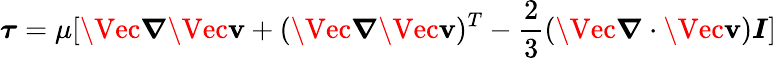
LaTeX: \boldsymbol{\tau}=\mu[\Vec{\boldsymbol{\nabla}}\Vec{\boldsymbol{\mathbf{v}}}+(\Vec{\boldsymbol{\nabla}}\Vec{\boldsymbol{\mathbf{v}}})^{T}-\frac{{2}}{{3}}(\Vec{\boldsymbol{\nabla}}\cdot\Vec{\boldsymbol{\mathbf{v}}})\boldsymbol{I}]